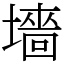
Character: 墻